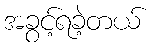
အခွင့်ရခဲ့တယ်